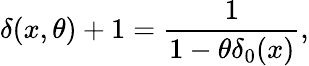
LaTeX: \delta(x,\theta)+1=\frac{1}{1-\theta\delta_{0}(x)},